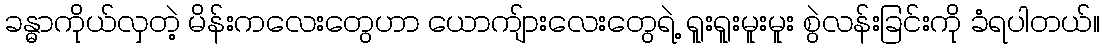
ခန္ဓာကိုယ်လှတဲ့ မိန်းကလေးတွေဟာ ယောကျ်ားလေးတွေရဲ့ ရူးရူးမူးမူး စွဲလန်းခြင်းကို ခံရပါတယ်။